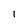
Character: I